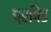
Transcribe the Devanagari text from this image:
प्रपिंड